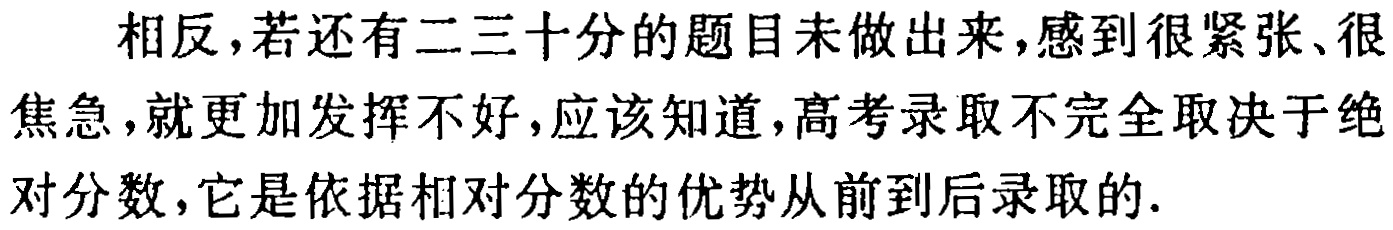
相反，若还有二三十分的题目未做出来，感到很紧张、很焦急，就更加发挥不好，应该知道，高考录取不完全取决于绝对分数，它是依据相对分数的优势从前到后录取的.